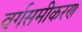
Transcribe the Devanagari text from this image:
वर्गसमीकरण